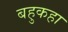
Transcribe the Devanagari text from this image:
बहुकहा